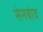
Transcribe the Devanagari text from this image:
सेनबोव